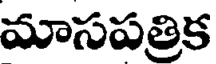
మాసపత్రిక